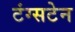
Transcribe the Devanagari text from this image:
टंग्सटेन